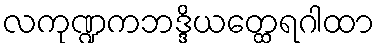
လကုဏ္ဍကဘဒ္ဒိယတ္ထေရဂါထာ